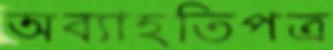
অব্যাহতিপত্র